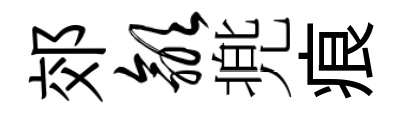
郊歙兠痕